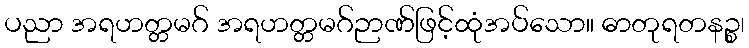
ပညာ အရဟတ္တမဂ် အရဟတ္တမဂ်ဉာဏ်ဖြင့်ထုံအပ်သော။ ဓာတုရတနဉ္စ၊